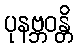
ပုနဗ္ဘဝန္တိ